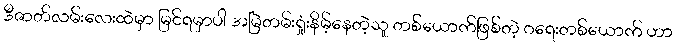
ဒီဇာတ်လမ်းလေးထဲမှာ မြင်ရမှာပါ အမြဲတမ်းရှုံးနိမ့်နေတဲ့သူ တစ်ယောက်ဖြစ်တဲ့ ဂရေးတစ်ယောက် ဟာ